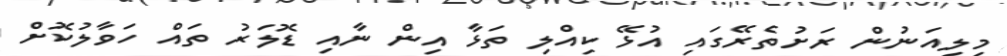
މިލިއަނުން ރަށުތެރޭގައި އުޅޭ ކިއްލި ތަޅާ އިން ނާއި ޑޮލަރު ތައް ހަވާލުކޮށް